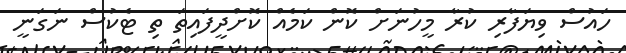
ހައުސް ވިޔަފާރި ކުރާ މީހުނަށް ކޮން ކަމެއް ކޮށްދީފައިތަ ތި ޓެކުސް ނަގަނީ